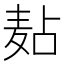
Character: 𪎋